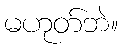
မဟုတ်ဘဲ။